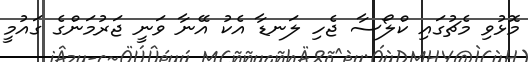
މޮޅުވި މެޗުގައި ކްލޯސާ ޖެހި ލަނޑާ އެކު އޭނާ ވަނީ ޖަރުމަންގެ ގައުމީ